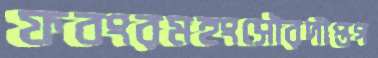
ফবংরমহংসৌরদীপ্তগ